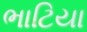
ભાટિયા